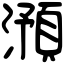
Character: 澦